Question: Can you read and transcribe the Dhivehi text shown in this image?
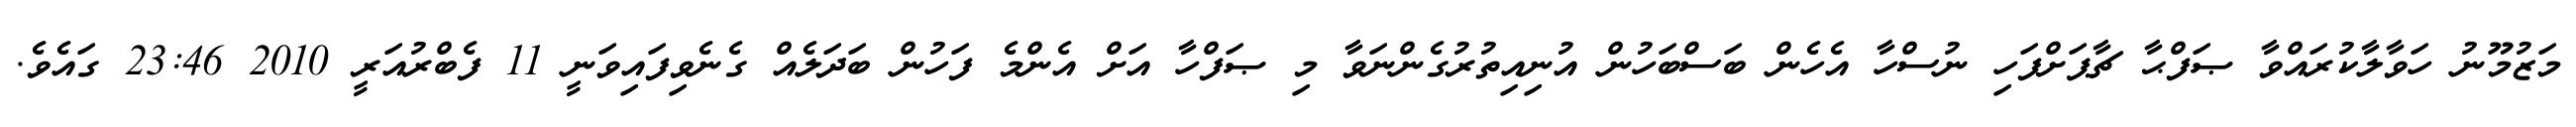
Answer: މަޒުމޫނު ހަވާލާކުރައްވާ ޞަފްޙާ ޗާޕަށްފަހި ނުސްހާ އެހެން ބަސްބަހުން އުނިއިތުރުގެންނަވާ މި ޞަފްހާ އަށް އެންމެ ފަހުން ބަދަލެއް ގެނެވިފައިވަނީ 11 ފެބްރުއަރީ 2010 23:46 ގައެވެ.